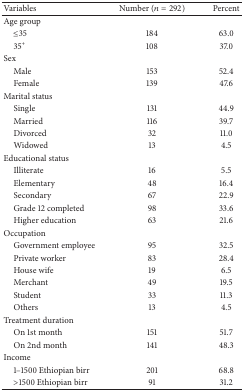
<table><thead><tr><td><b>Variables</b></td><td><b>Number (<i>n</i> = 292)</b></td><td><b> Percent</b></td></tr></thead><tbody><tr><td>Age group</td><td> </td><td> </td></tr><tr><td> ≤35</td><td>184</td><td>63.0</td></tr><tr><td> 35<sup>+</sup></td><td>108</td><td>37.0</td></tr><tr><td>Sex</td><td> </td><td> </td></tr><tr><td> Male</td><td>153</td><td>52.4</td></tr><tr><td> Female</td><td>139</td><td>47.6</td></tr><tr><td>Marital status</td><td> </td><td> </td></tr><tr><td> Single</td><td>131</td><td>44.9</td></tr><tr><td> Married</td><td>116</td><td>39.7</td></tr><tr><td> Divorced</td><td>32</td><td>11.0</td></tr><tr><td> Widowed</td><td>13</td><td>4.5</td></tr><tr><td>Educational status</td><td> </td><td> </td></tr><tr><td> Illiterate</td><td>16</td><td>5.5</td></tr><tr><td> Elementary</td><td>48</td><td>16.4</td></tr><tr><td> Secondary</td><td>67</td><td>22.9</td></tr><tr><td> Grade 12 completed </td><td>98</td><td>33.6</td></tr><tr><td> Higher education</td><td>63</td><td>21.6</td></tr><tr><td>Occupation</td><td> </td><td> </td></tr><tr><td> Government employee</td><td>95</td><td>32.5</td></tr><tr><td> Private worker</td><td>83</td><td>28.4</td></tr><tr><td> House wife</td><td>19</td><td>6.5</td></tr><tr><td> Merchant</td><td>49</td><td>19.5</td></tr><tr><td> Student</td><td>33</td><td>11.3</td></tr><tr><td> Others</td><td>13</td><td>4.5</td></tr><tr><td>Treatment duration</td><td> </td><td> </td></tr><tr><td> On 1st month </td><td> 151</td><td>51.7</td></tr><tr><td> On 2nd month</td><td>141</td><td>48.3</td></tr><tr><td>Income</td><td> </td><td> </td></tr><tr><td> 1–1500 Ethiopian birr</td><td>201</td><td>68.8</td></tr><tr><td> &gt;1500 Ethiopian birr</td><td> 91</td><td>31.2</td></tr></tbody></table>